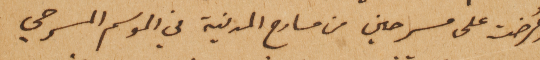
وعُرضت على مسرحين من مسارح المدنية في الموسم المسرحي